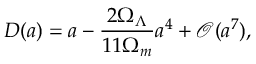
D ( a ) = a - \frac { 2 \Omega _ { \Lambda } } { 1 1 \Omega _ { m } } a ^ { 4 } + \mathscr { O } ( a ^ { 7 } ) ,